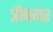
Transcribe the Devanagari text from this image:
त्रीनगर